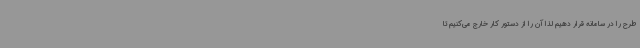
طرح را در سامانه قرار دهیم لذا آن را از دستور کار خارج می‌کنیم تا